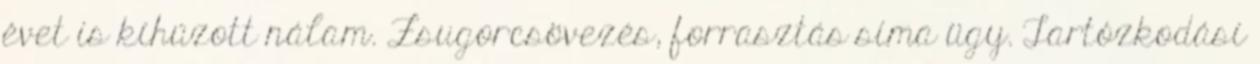
évet is kíhúzott nálam. Zsugorcsövezés, forrasztás síma ügy. Tartózkodási